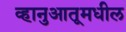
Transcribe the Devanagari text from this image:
व्हानुआतूमधील